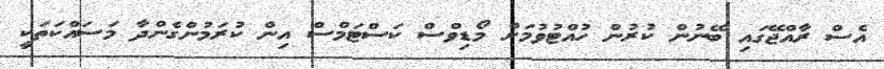
އެސް ރާއްޖޭގައި ބޭނުން ކުރުން ހުއްޓުވުމަށް މޯޑިވްސް ކަސްޓަމްސް އިން ކުރަމުންގެންދާ މަސައްކަތަކީ